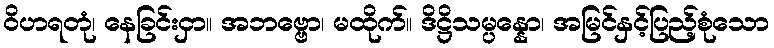
ဝိဟရတုံ၊ နေခြင်းငှာ။ အဘဗ္ဗော၊ မထိုက်။ ဒိဋ္ဌိသမ္ပန္နော၊ အမြင်နှင့်ပြည့်စုံသော